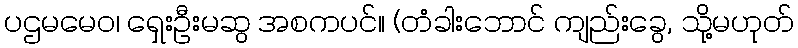
ပဌမမေဝ၊ ရှေးဦးမဆွ အစကပင်။ (တံခါးဘောင် ကျည်းခွေ, သို့မဟုတ်